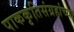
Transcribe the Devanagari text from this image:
पाककृतिसंग्रहांच्या